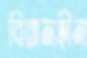
বিরামহীন